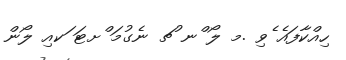
ހިއްކާފައެ ެވި .މ ލޯ ްނ ުޗ ނެގުމަ ްށޓަ ަކއި ލޯން